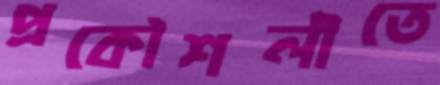
প্রকৌশলীতে